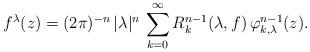
LaTeX: \begin{align*} f^\lambda(z) = (2\pi)^{-n}\, |\lambda|^n \, \sum_{k=0}^\infty R_k^{n-1}(\lambda, f)\, \varphi_{k,\lambda}^{n-1}(z).\end{align*}